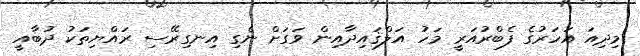
މިދިއަ އަހަރުގެ ފެބްރުއަރީ މަހު އަލްޤައިދާއިން ވަގަށް ނެގި އިނގިރޭސި ރައްޔިތަކު ދުބާއީ